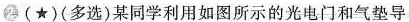
2(★)(多选)某同学利用如图所示的光电门和气垫导